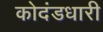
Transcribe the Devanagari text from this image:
कोदंडधारी